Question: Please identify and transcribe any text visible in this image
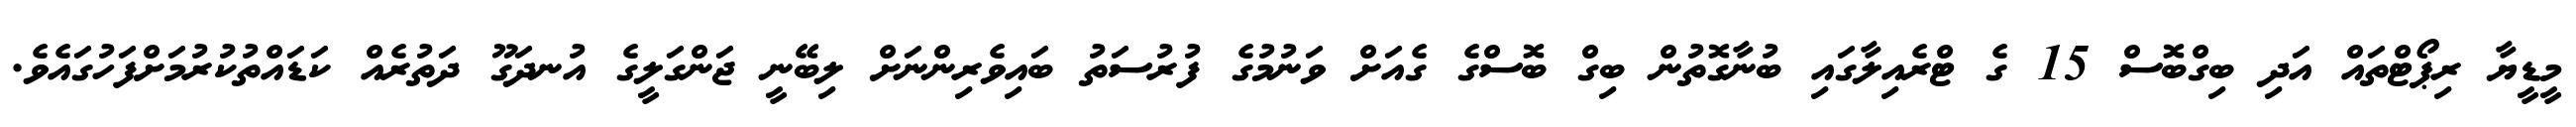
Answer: މީޑީޔާ ރިޕޯޓްތައް އަދި ބިގްބޮސް 15 ގެ ޓްރެއިލާގައި ބުނާގޮތުން ބިގް ބޮސްގެ ގެއަށް ވަނުމުގެ ފުރުސަތު ބައިވެރިންނަށް ލިބޭނީ ޖަންގަލީގެ އުނދަގޫ ދަތުރެއް ކަޑައްތުކުރުމަށްފަހުގައެވެ.